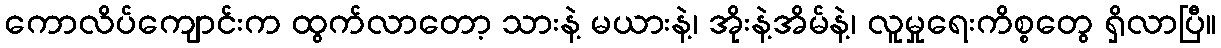
ကောလိပ်ကျောင်းက ထွက်လာတော့ သားနဲ့ မယားနဲ့၊ အိုးနဲ့အိမ်နဲ့၊ လူမှုရေးကိစ္စတွေ ရှိလာပြီ။